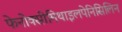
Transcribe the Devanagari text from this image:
फेनोक्सीमिथाइलपेनिसिलिन